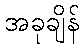
အခုချိန်